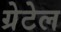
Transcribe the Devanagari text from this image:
ग्रेटेल